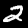
Label: 2